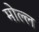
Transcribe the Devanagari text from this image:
मोल्ल